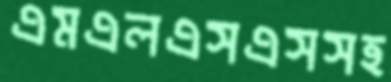
এমএলএসএসসহ